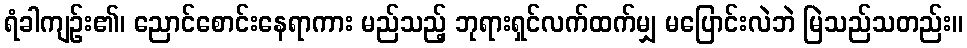
ရံခါကျဉ်း၏၊ ညောင်စောင်းနေရာကား မည်သည့် ဘုရားရှင်လက်ထက်မျှ မပြောင်းလဲဘဲ မြဲသည်သတည်း။